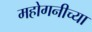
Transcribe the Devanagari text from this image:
महोगनीच्या